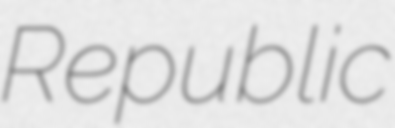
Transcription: Republic